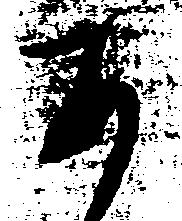
あ